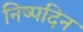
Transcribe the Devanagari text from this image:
निष्पदिन